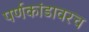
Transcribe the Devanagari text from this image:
पर्णकांडावरच